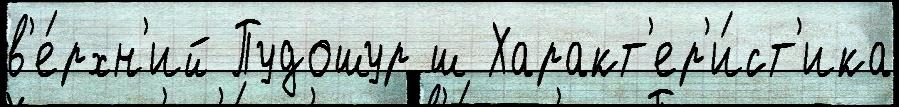
в'е́рхн'ий Пудошур ш Характ'ер'и́ст'ика